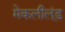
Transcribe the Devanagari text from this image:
मेकलील्ंड